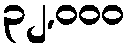
၃၂,၀၀၀